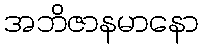
အဘိဇာနမာနော